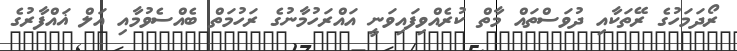
ރޯދަމަހުގެ ރޭތަކާއި ދުވަސްތައް މާތް ކުރެއްވިފައިވަނީ އައްރަހުމާނުގެ ރަހުމަތް ބެއްސެވުމާއި އަލް ޣައްފާރުގެ